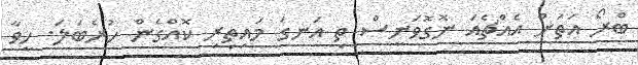
ބްރޯ އަތަށް އެއްޗެއަ ނޮގޮވަނީސް ތި އަނގަ މައިތިރި ކޮއްގެން ހުރެބަލަ. ހީވާ